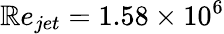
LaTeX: \mathbb{R}e_{jet}=1.58\times10^{6}